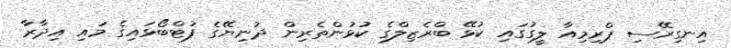
އިނގިރޭސި ޕްރިމިއާ ލީގުގައި ކުޅޭ ބްރެޒިލްގެ ކުޅުންތެރިން ދުނިޔޭގެ ފުޓްބޯޅައިގެ މައި އިދާރާ